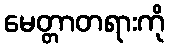
မေတ္တာတရားကို